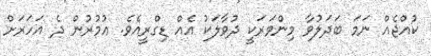
ކުއްޖެއް ނަމަ ބަދަލުވާ މިންވަރަކީ ދުވާލަކު އެއް ޑިގްރީއެވެ. ޢުމުރުން ދެ އަހަރަށް